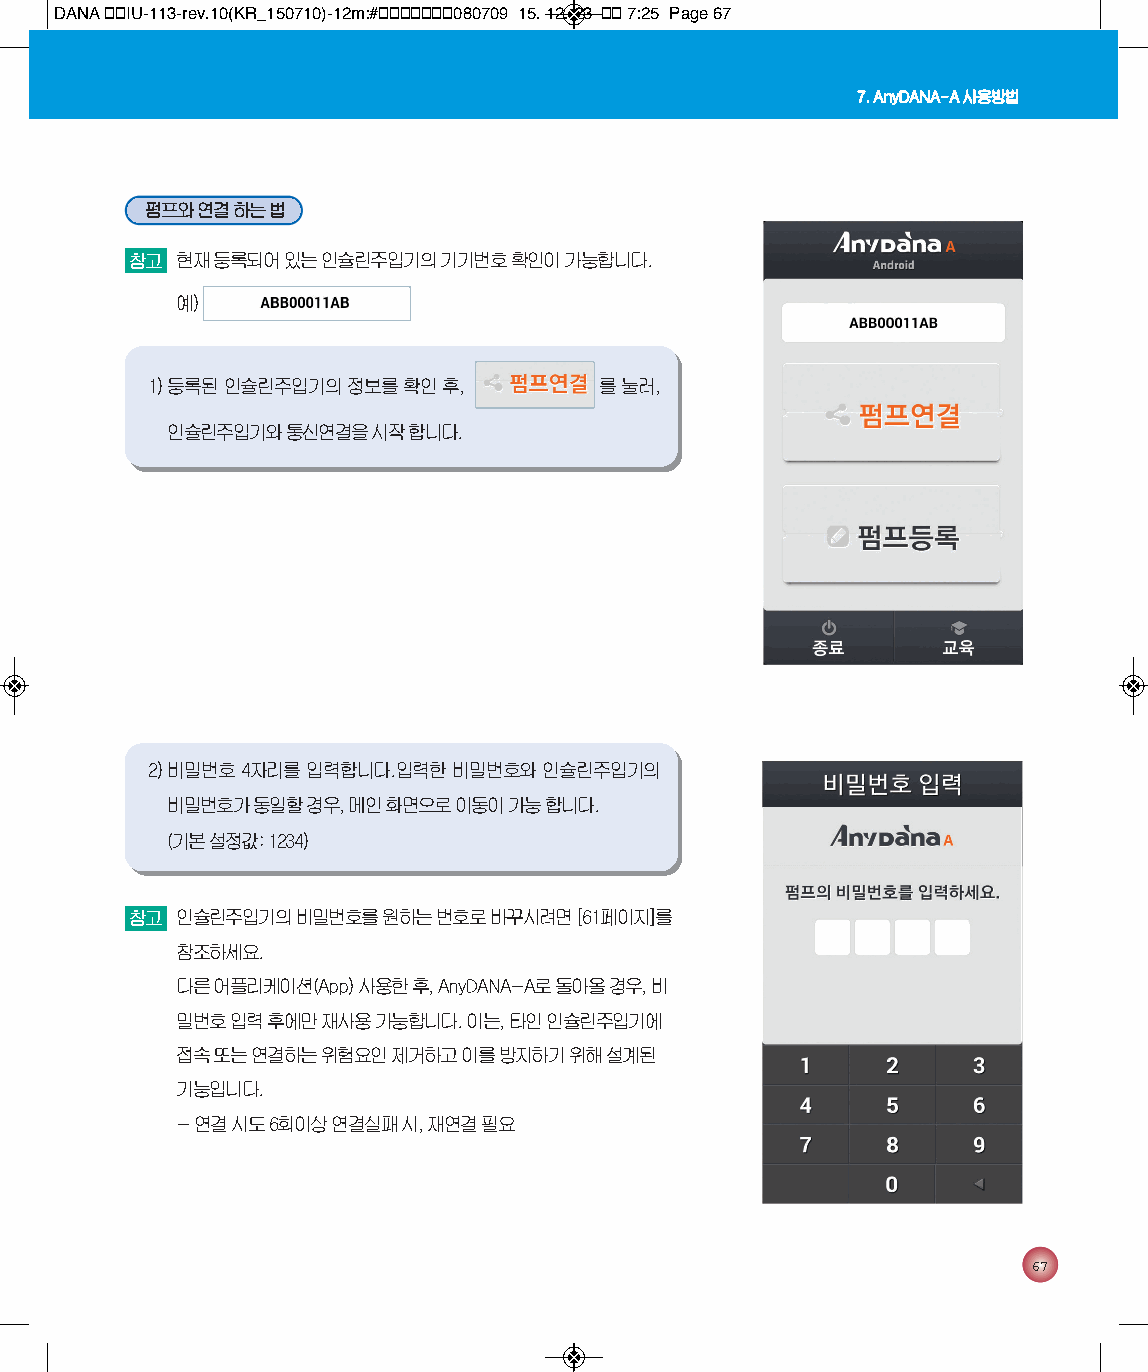
DANA 통통IU-113-rev.10(KR_150710)-12m:#통통통통통통통080709 15. 12. 23 통통 7:25 Page 67
 7. AnyDANA-A 사용방법
 펌프와 연결 하는 법
 참고 현재 등록되어 있는 인슐린주입기의 기기번호 확인이 가능합니다.
 예)
 1) 등록된 인슐린주입기의 정보를 확인 후,      를 눌러,
 인슐린주입기와 통신연결을 시작 합니다.
 2) 비밀번호 4자리를 입력합니다.입력한 비밀번호와 인슐린주입기의
 비밀번호가 동일할 경우, 메인 화면으로 이동이 가능 합니다.
 (기본 설정값: 1234)
 참고 인슐린주입기의 비밀번호를 원하는 번호로 바꾸시려면 [61페이지]를
 참조하세요.
 다른 어플리케이션(App) 사용한 후, AnyDANA-A로 돌아올 경우, 비
 밀번호 입력 후에만 재사용 가능합니다. 이는, 타인 인슐린주입기에
 접속 또는 연결하는 위험요인 제거하고 이를 방지하기 위해 설계된
 기능입니다.
 - 연결 시도 6회이상 연결실패 시, 재연결 필요
 67